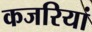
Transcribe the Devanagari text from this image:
कजरियां